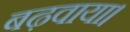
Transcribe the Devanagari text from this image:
बढ़वाया।